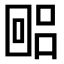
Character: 𫭐